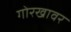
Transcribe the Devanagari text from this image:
गोरखावर